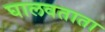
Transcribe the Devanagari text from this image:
घालवताता